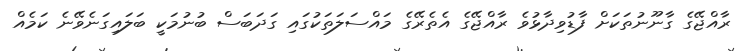
ރާއްޖޭގެ ގާނޫނުތަކަށް ފާޑުވިދާޅުވެ ރާއްޖޭގެ އެތެރޭގެ މައްސަލަތަކުގައި ގަދަބަސް ބުނުމަކީ ބަލައިގަނެވޭނެ ކަމެއް